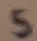
Text: S